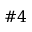
\# 4